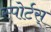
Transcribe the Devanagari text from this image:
स्पोर्टस्‌